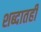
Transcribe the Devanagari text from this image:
शब्दातही